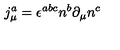
j _ { \mu } ^ { a } = \epsilon ^ { a b c } n ^ { b } \partial _ { \mu } n ^ { c }